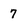
Character: 7